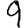
Digit: 9